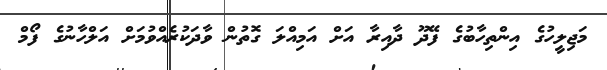
މަޖިލީހުގެ އިންތިހާބުގެ ފޭދޫ ދާއިރާ އަށް އަމިއްލަ ގޮތުން ވާދަކުރެއްވުމަށް އަލްހާނުގެ ފޯމް